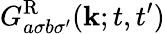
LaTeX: G_{a\sigma b\sigma^{\prime}}^{\textrm{R}}(\mathbf{k};t,t^{\prime})